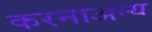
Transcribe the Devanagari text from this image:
करनाअन्य